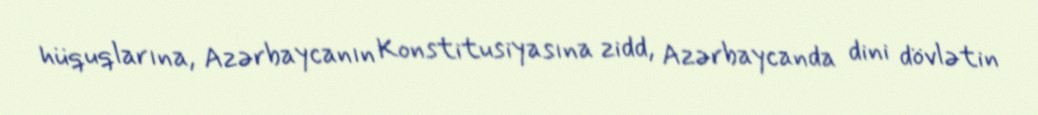
hüquqlarına, Azərbaycanın Konstitusiyasına zidd, Azərbaycanda dini dövlətin